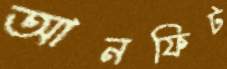
আনফিট